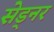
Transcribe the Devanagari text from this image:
सेड्नर